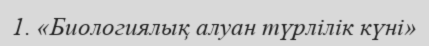
1. «Биологиялық алуан түрлілік күні»